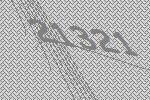
21321